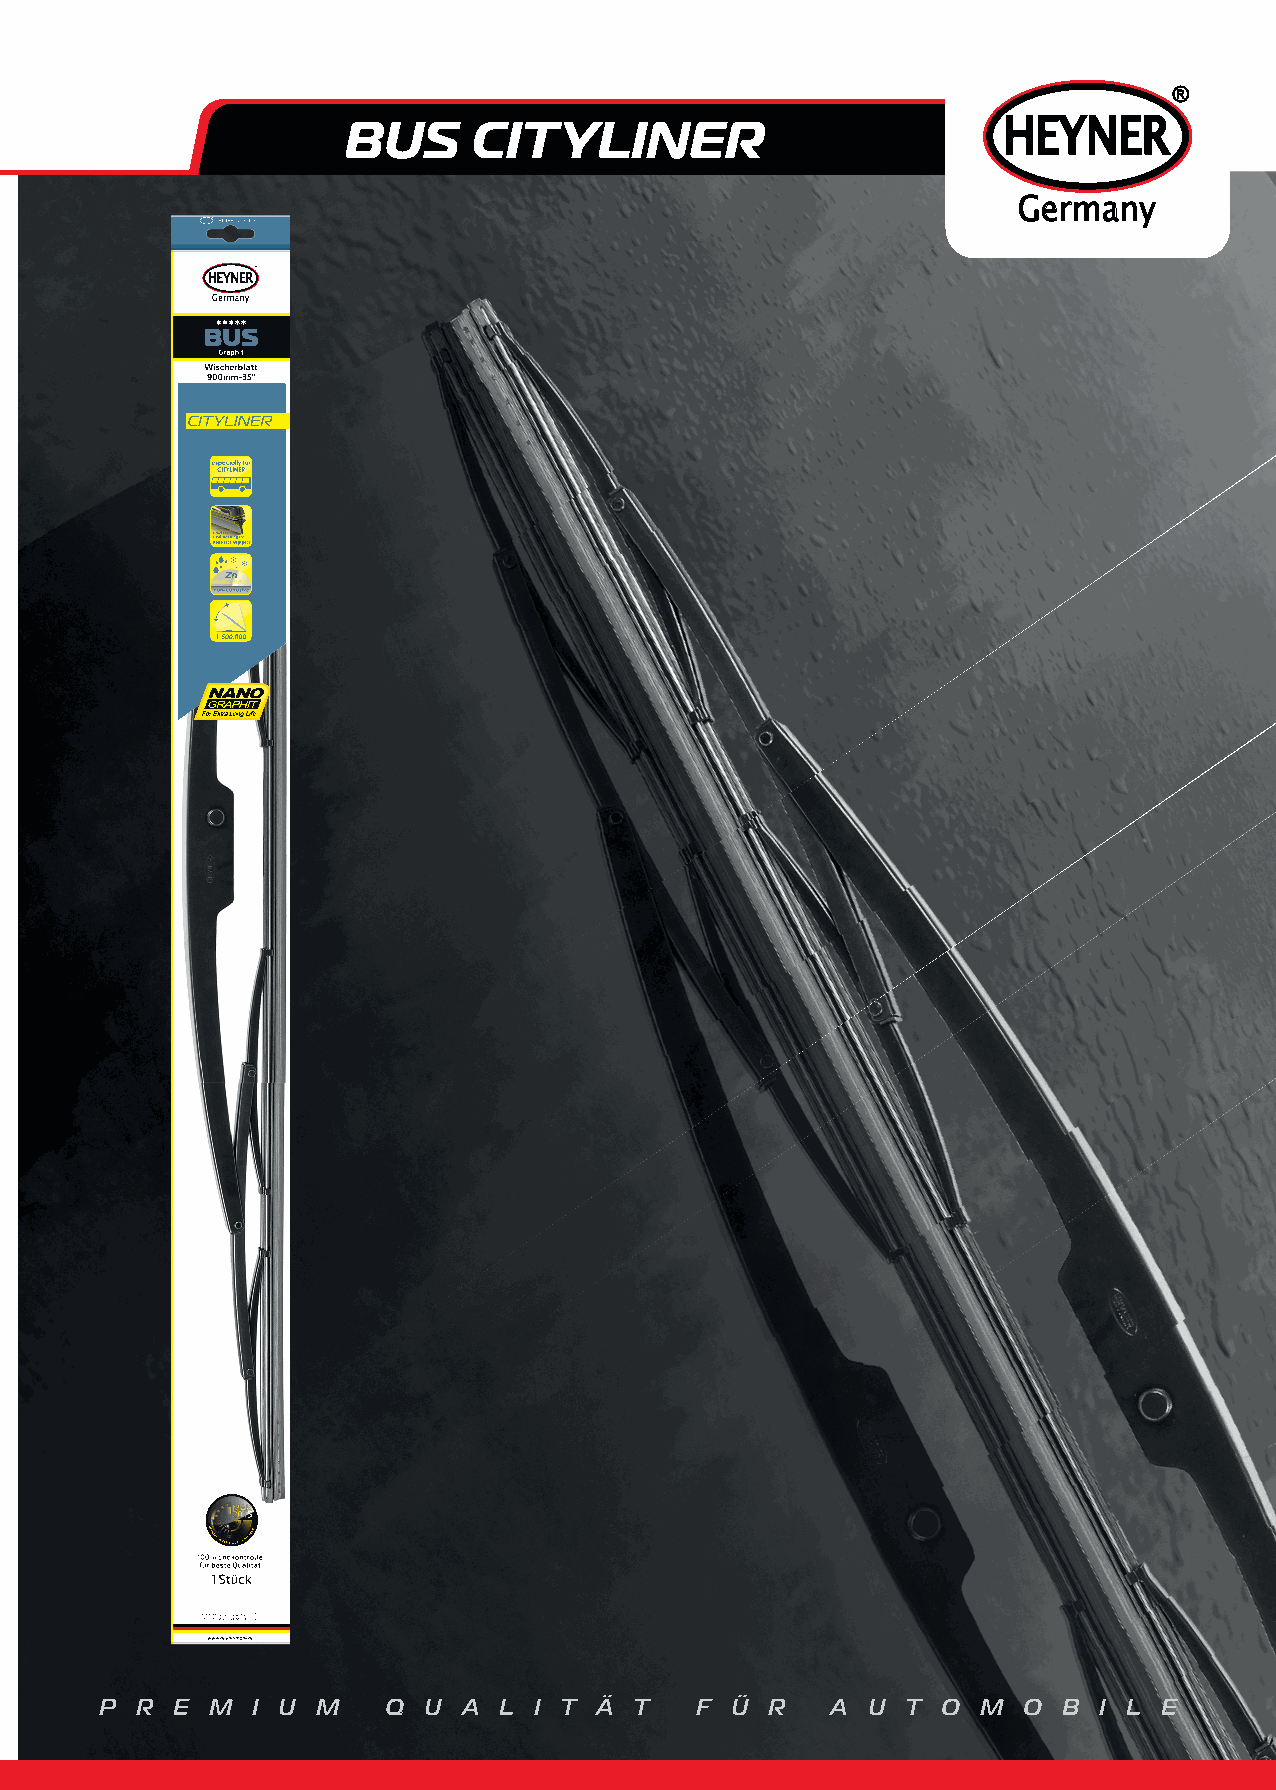
®
 BUS     CITYLINER                          HEYNER
 Germany
 P R E  M  I U M   Q  U  A L I T Ä  T   F Ü  R   A U  T O  M  O B  I L E